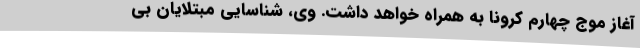
آغاز موج چهارم کرونا به همراه خواهد داشت. وی، شناسایی مبتلایان بی